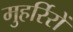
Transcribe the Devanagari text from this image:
मुहर्रिरों